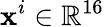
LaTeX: \mathbf{x}^{i}\in\mathbb{R}^{16}